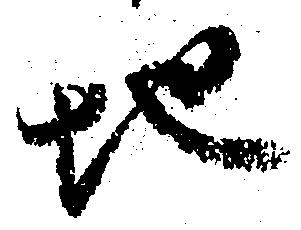
地